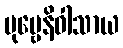
ပုဗ္ဗေနိဝါသာယ